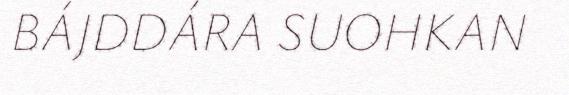
BÁJDDÁRA SUOHKAN